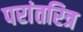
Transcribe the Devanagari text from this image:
परांतरित्र